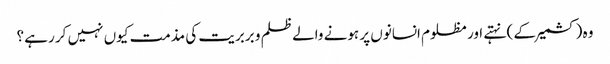
وہ (کشمیر کے ) نہتے اور مظلوم انسانوں پر ہونے والے ظلم و بربریت کی مذمت کیوں نہیں کر رہے ؟